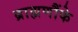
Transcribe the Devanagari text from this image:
ब्राह्मणौंके